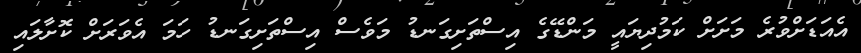
އެއަޑަށްވުރެ މަށަށް ކަމުދިޔައީ މަންޑޭގެ އިސްތަށިގަނޑު މަވެސް އިސްތަށިގަނޑު ހަމަ އެވަރަށް ކޮށާލައި